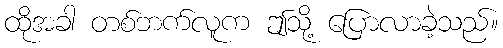
ထိုအခါ တစ်ဘက်လူက ဤသို့ ပြောလာခဲ့သည်။